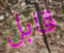
قابل